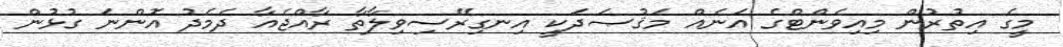
މީގެ އިތުރުން މިއިވެންޓްގެ އަނެއް މަޤުޞަދަކީ އިނގިރޭސިވިލާތާ ރާއްޖެއާ ދެމެދު އޮންނަ ގުޅުން